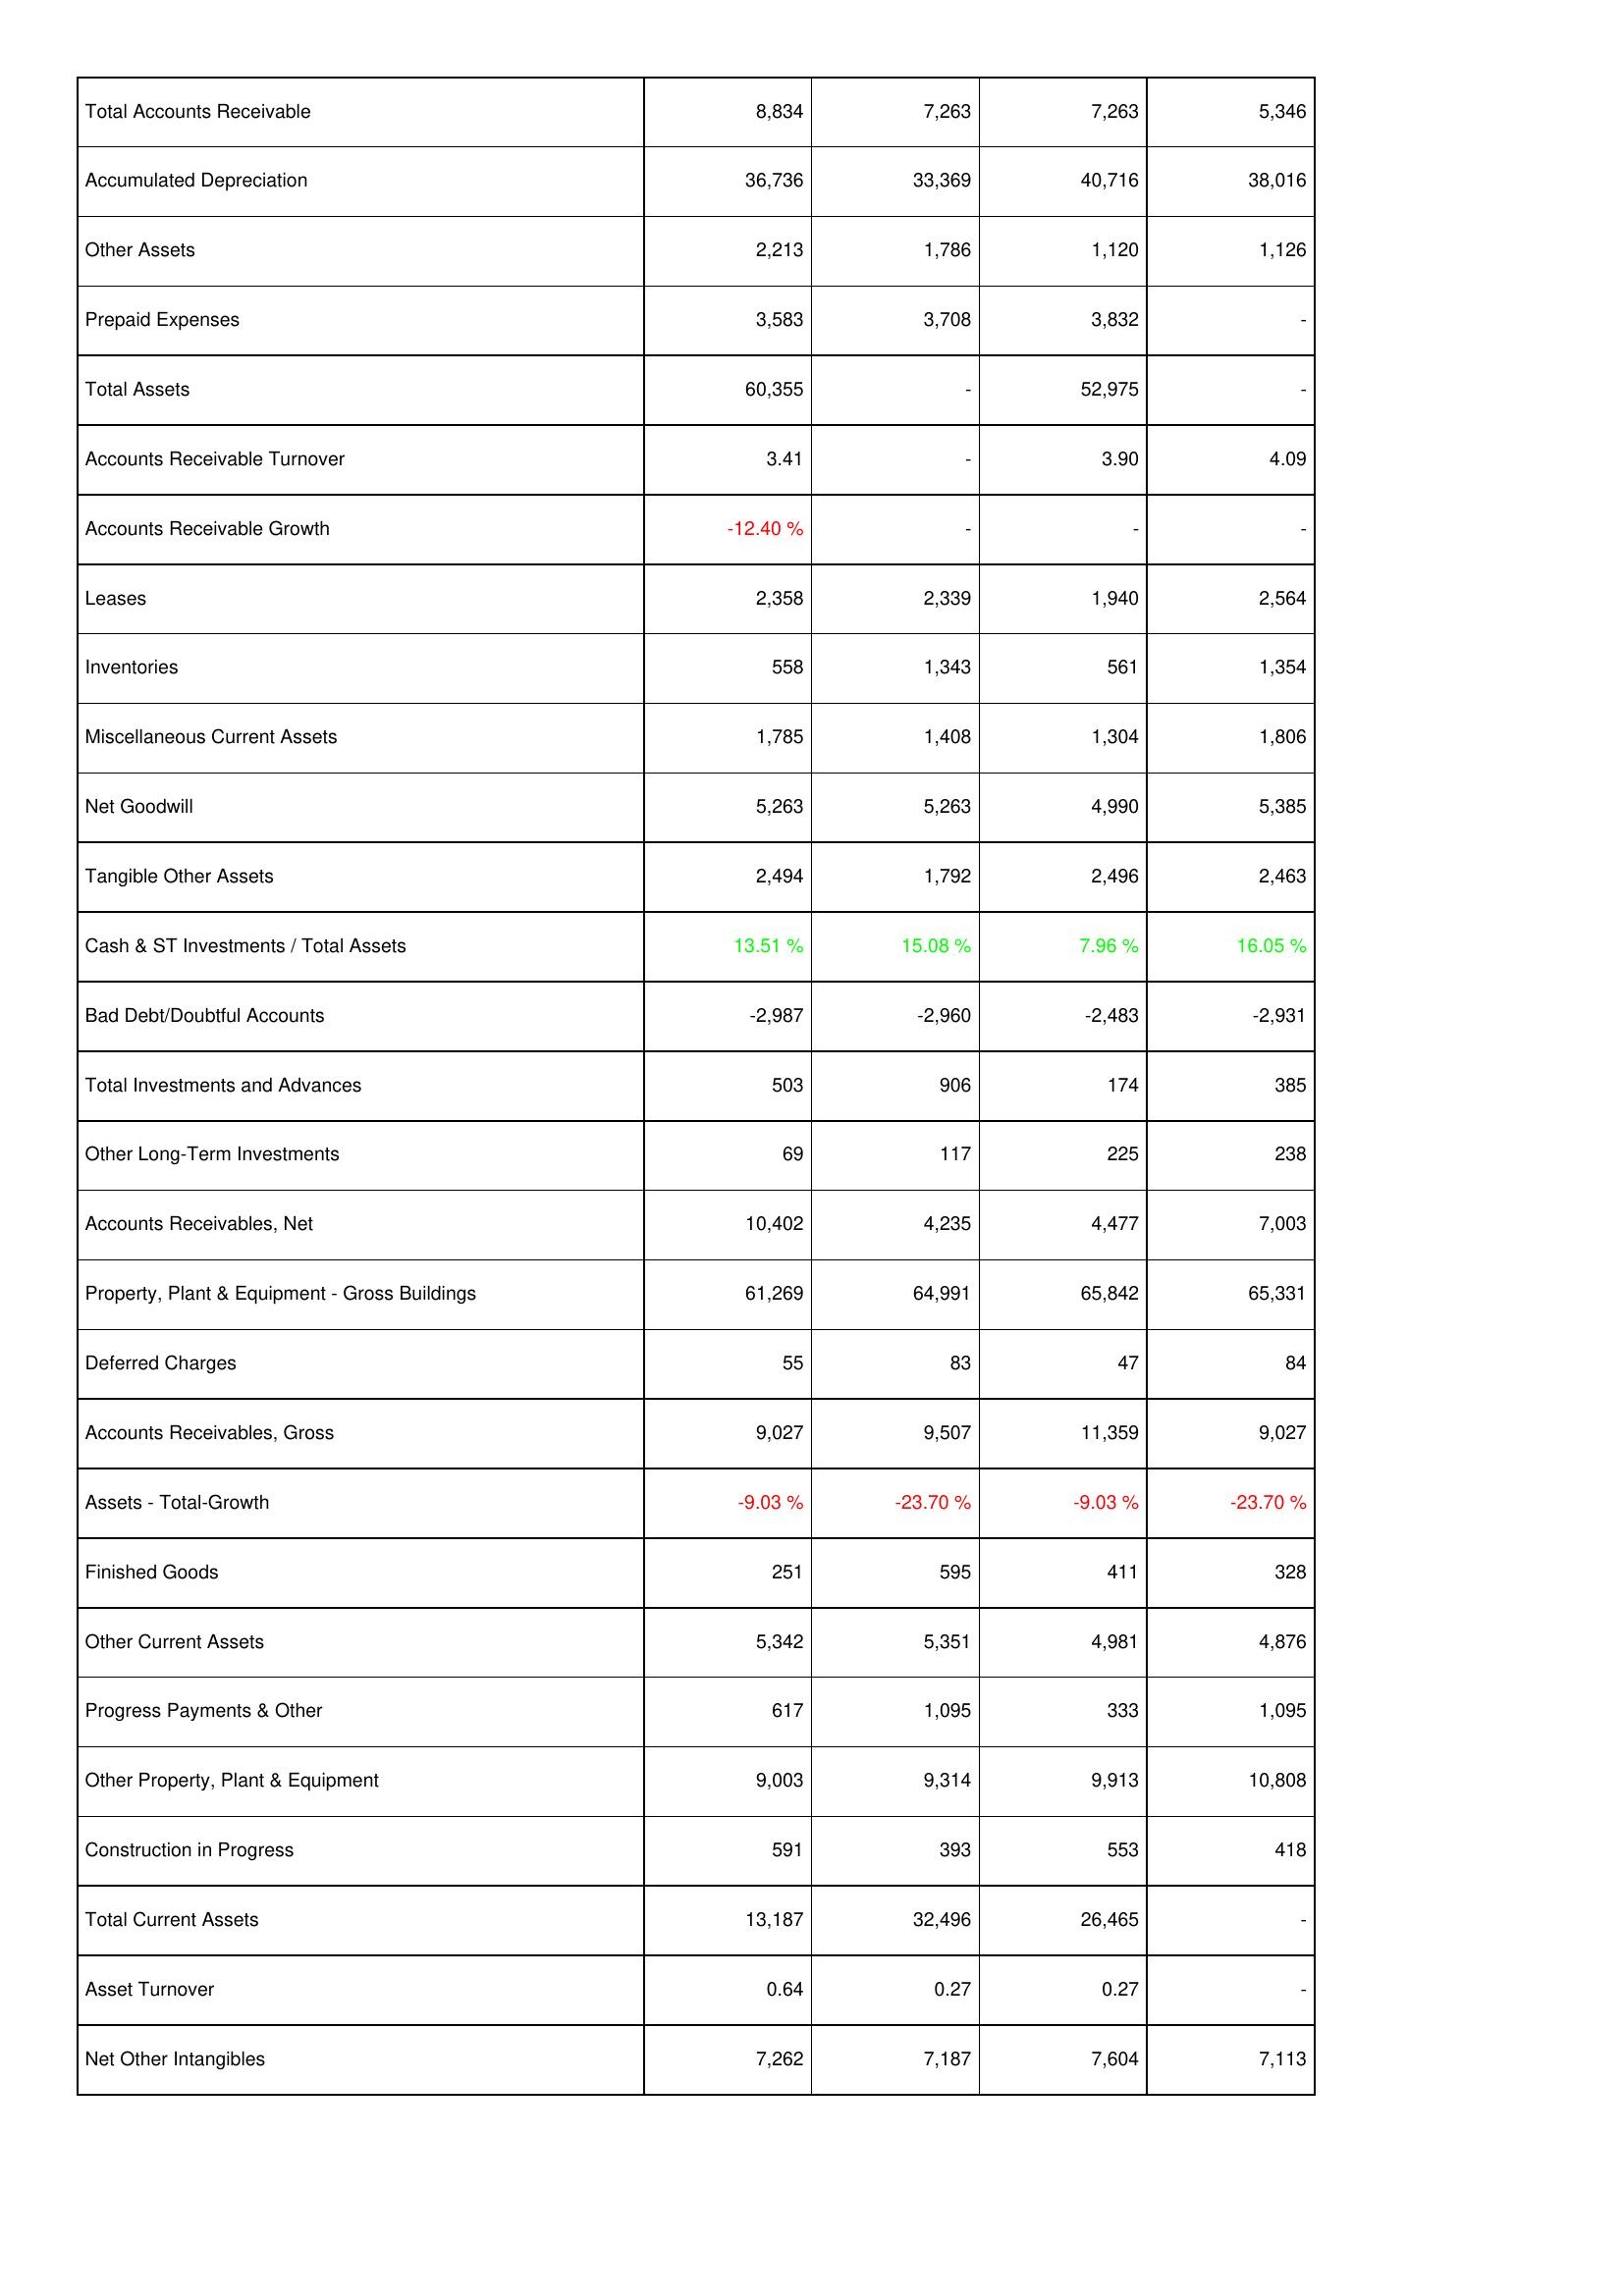
2009: Assets: Total Accounts Receivable: 8,834
Accumulated Depreciation: 36,736
Other Assets: 2,213
Prepaid Expenses: 3,583
Total Assets: 60,355
Accounts Receivable Turnover: 3.41
Accounts Receivable Growth: -12.40 %
Leases: 2,358
Inventories: 558
Miscellaneous Current Assets: 1,785
Net Goodwill: 5,263
Tangible Other Assets: 2,494
Cash & ST Investments / Total Assets: 13.51 %
Bad Debt/Doubtful Accounts: -2,987
Total Investments and Advances: 503
Other Long-Term Investments: 69
Accounts Receivables, Net: 10,402
Property, Plant & Equipment - Gross Buildings: 61,269
Deferred Charges: 55
Accounts Receivables, Gross: 9,027
Assets - Total-Growth: -9.03 %
Finished Goods: 251
Other Current Assets: 5,342
Progress Payments & Other: 617
Other Property, Plant & Equipment: 9,003
Construction in Progress: 591
Total Current Assets: 13,187
Asset Turnover: 0.64
Net Other Intangibles: 7,262
2008: Assets: Total Accounts Receivable: 7,263
Accumulated Depreciation: 33,369
Other Assets: 1,786
Prepaid Expenses: 3,708
Total Assets: -
Accounts Receivable Turnover: -
Accounts Receivable Growth: -
Leases: 2,339
Inventories: 1,343
Miscellaneous Current Assets: 1,408
Net Goodwill: 5,263
Tangible Other Assets: 1,792
Cash & ST Investments / Total Assets: 15.08 %
Bad Debt/Doubtful Accounts: -2,960
Total Investments and Advances: 906
Other Long-Term Investments: 117
Accounts Receivables, Net: 4,235
Property, Plant & Equipment - Gross Buildings: 64,991
Deferred Charges: 83
Accounts Receivables, Gross: 9,507
Assets - Total-Growth: -23.70 %
Finished Goods: 595
Other Current Assets: 5,351
Progress Payments & Other: 1,095
Other Property, Plant & Equipment: 9,314
Construction in Progress: 393
Total Current Assets: 32,496
Asset Turnover: 0.27
Net Other Intangibles: 7,187
2007: Assets: Total Accounts Receivable: 7,263
Accumulated Depreciation: 40,716
Other Assets: 1,120
Prepaid Expenses: 3,832
Total Assets: 52,975
Accounts Receivable Turnover: 3.90
Accounts Receivable Growth: -
Leases: 1,940
Inventories: 561
Miscellaneous Current Assets: 1,304
Net Goodwill: 4,990
Tangible Other Assets: 2,496
Cash & ST Investments / Total Assets: 7.96 %
Bad Debt/Doubtful Accounts: -2,483
Total Investments and Advances: 174
Other Long-Term Investments: 225
Accounts Receivables, Net: 4,477
Property, Plant & Equipment - Gross Buildings: 65,842
Deferred Charges: 47
Accounts Receivables, Gross: 11,359
Assets - Total-Growth: -9.03 %
Finished Goods: 411
Other Current Assets: 4,981
Progress Payments & Other: 333
Other Property, Plant & Equipment: 9,913
Construction in Progress: 553
Total Current Assets: 26,465
Asset Turnover: 0.27
Net Other Intangibles: 7,604
2006: Assets: Total Accounts Receivable: 5,346
Accumulated Depreciation: 38,016
Other Assets: 1,126
Prepaid Expenses: -
Total Assets: -
Accounts Receivable Turnover: 4.09
Accounts Receivable Growth: -
Leases: 2,564
Inventories: 1,354
Miscellaneous Current Assets: 1,806
Net Goodwill: 5,385
Tangible Other Assets: 2,463
Cash & ST Investments / Total Assets: 16.05 %
Bad Debt/Doubtful Accounts: -2,931
Total Investments and Advances: 385
Other Long-Term Investments: 238
Accounts Receivables, Net: 7,003
Property, Plant & Equipment - Gross Buildings: 65,331
Deferred Charges: 84
Accounts Receivables, Gross: 9,027
Assets - Total-Growth: -23.70 %
Finished Goods: 328
Other Current Assets: 4,876
Progress Payments & Other: 1,095
Other Property, Plant & Equipment: 10,808
Construction in Progress: 418
Total Current Assets: -
Asset Turnover: -
Net Other Intangibles: 7,113